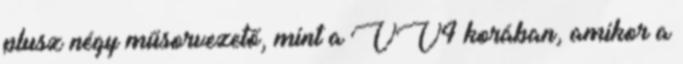
plusz négy műsorvezető, mint a VV4 korában, amikor a